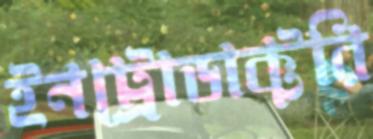
ইনট্রোডাক্টরি